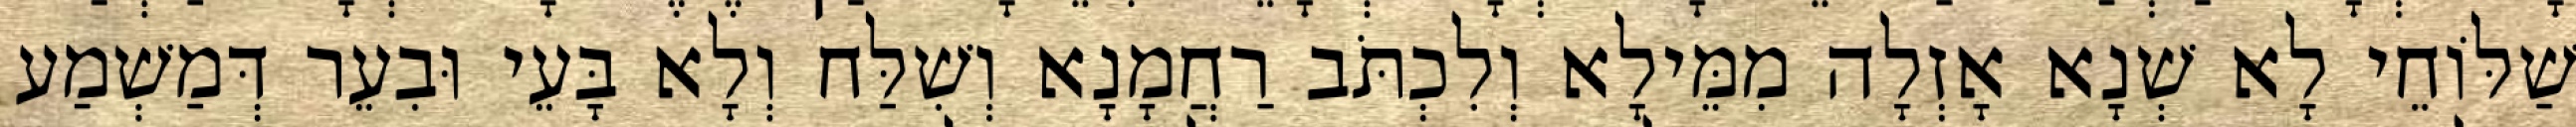
שַׁלּוֹחֵי לָא שְׁנָא אָזְלָה מִמֵּילָא וְלִכְתֹּב רַחֲמָנָא וְשִׁלַּח וְלָא בָּעֵי וּבִעֵר דְּמַשְׁמַע